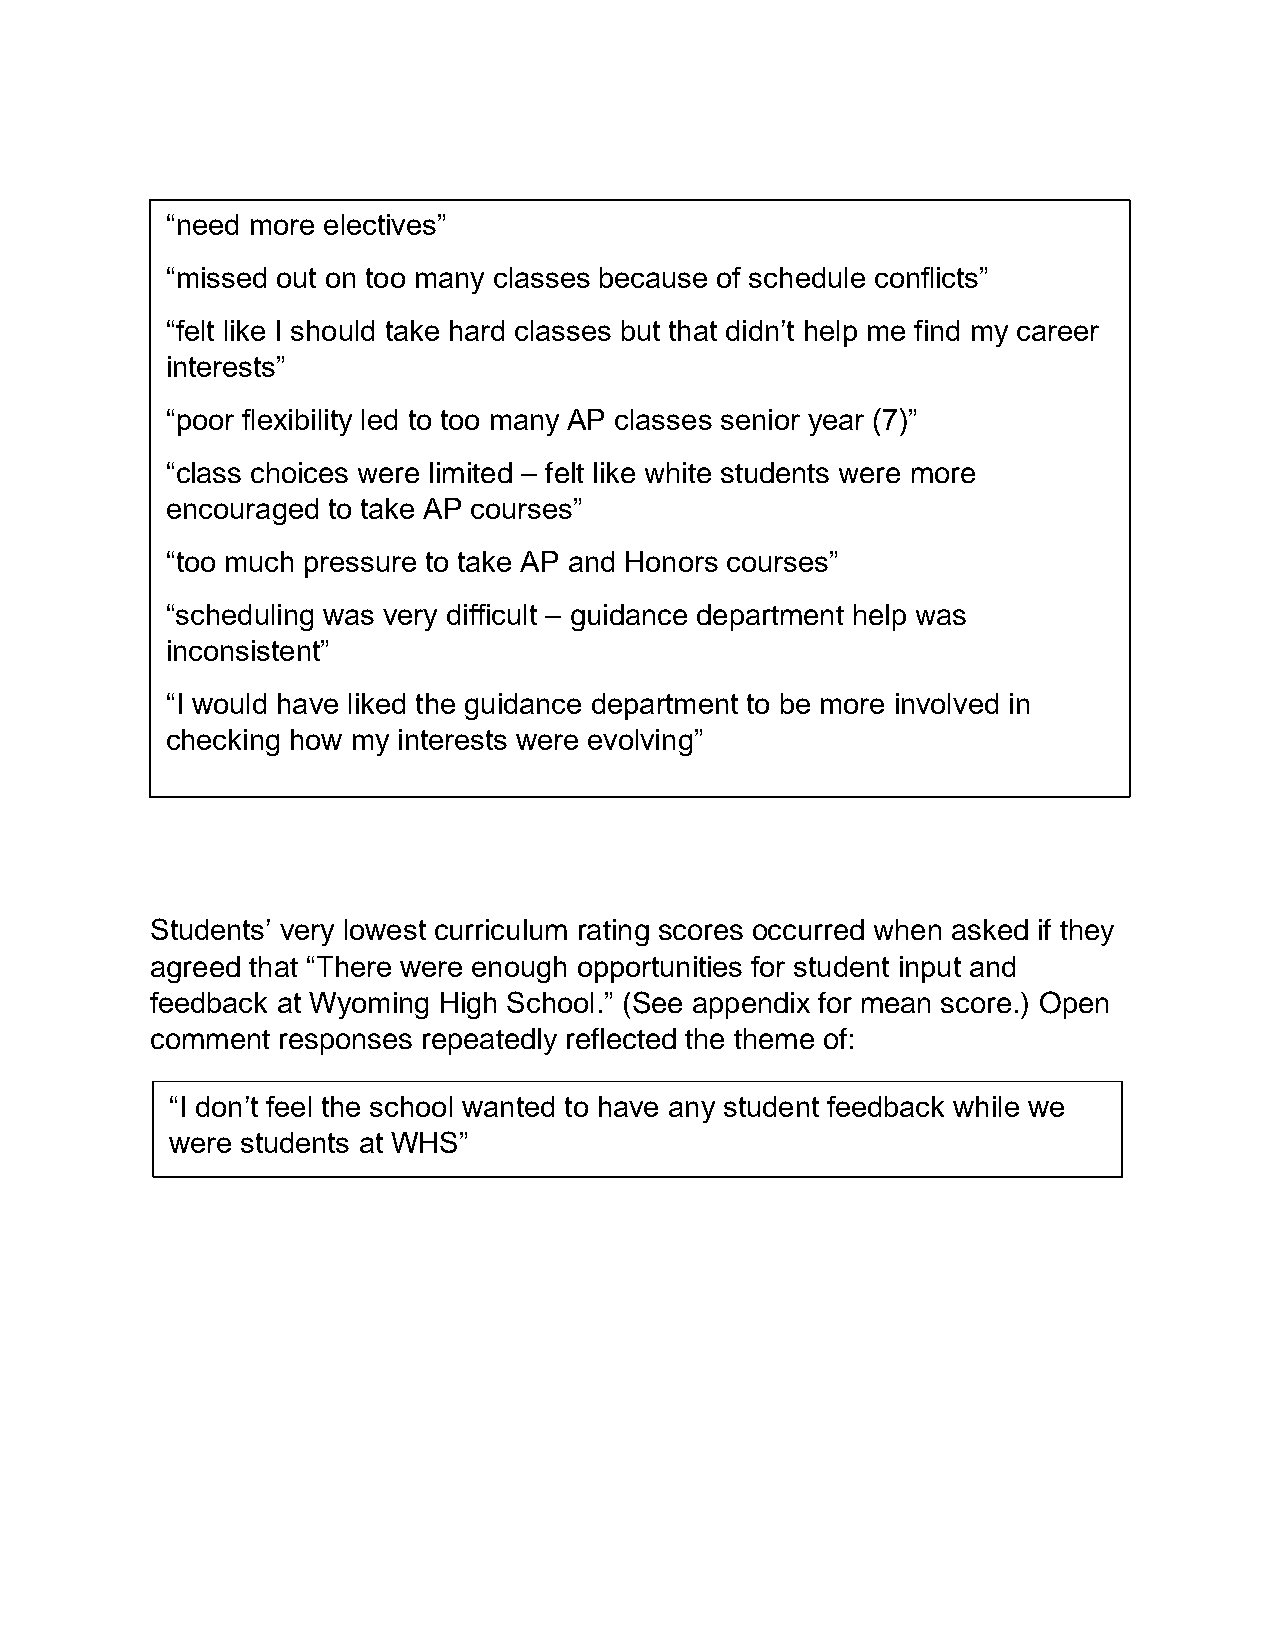
“need more electives”
 “missed out on too many classes because of schedule conflicts”
 “felt like I should take hard classes but that didn’t help me find my career
 interests”
 “poor flexibility led to too many AP classes senior year (7)”
 “class choices were limited – felt like white students were more
 encouraged to take AP courses”
 “too much pressure to take AP and Honors courses”
 “scheduling was very difficult – guidance department help was
 inconsistent”
 “I would have liked the guidance department to be more involved in
 checking how my interests were evolving”
 Students’ very lowest curriculum rating scores occurred when asked if they
 agreed that “There were enough opportunities for student input and
 feedback at Wyoming High School.” (See appendix for mean score.) Open
 comment responses repeatedly reflected the theme of:
 “I don’t feel the school wanted to have any student feedback while we
 were students at WHS”